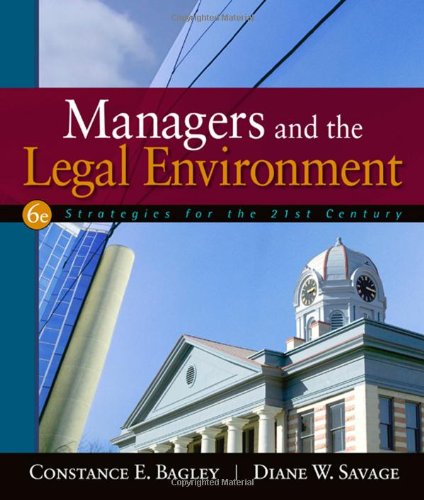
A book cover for Managers and the Legal Environment: Strategies for the 21st Century; Constance E. Bagley; Law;